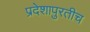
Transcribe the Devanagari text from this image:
प्रदेशापुरतीच